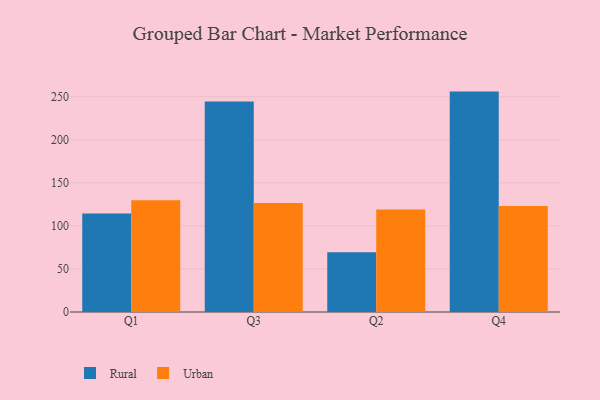
{"axis": {"x": "Quarter", "y": "Website Visitors"}, "legend": ["Rural", "Urban"], "data": [{"x": "Q1", "y": 114.4, "type": "Rural"}, {"x": "Q1", "y": 129.9, "type": "Urban"}, {"x": "Q3", "y": 244.4, "type": "Rural"}, {"x": "Q3", "y": 126.6, "type": "Urban"}, {"x": "Q2", "y": 69.3, "type": "Rural"}, {"x": "Q2", "y": 119.0, "type": "Urban"}, {"x": "Q4", "y": 256.0, "type": "Rural"}, {"x": "Q4", "y": 123.2, "type": "Urban"}]}